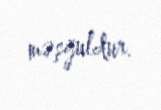
məşğuldur.